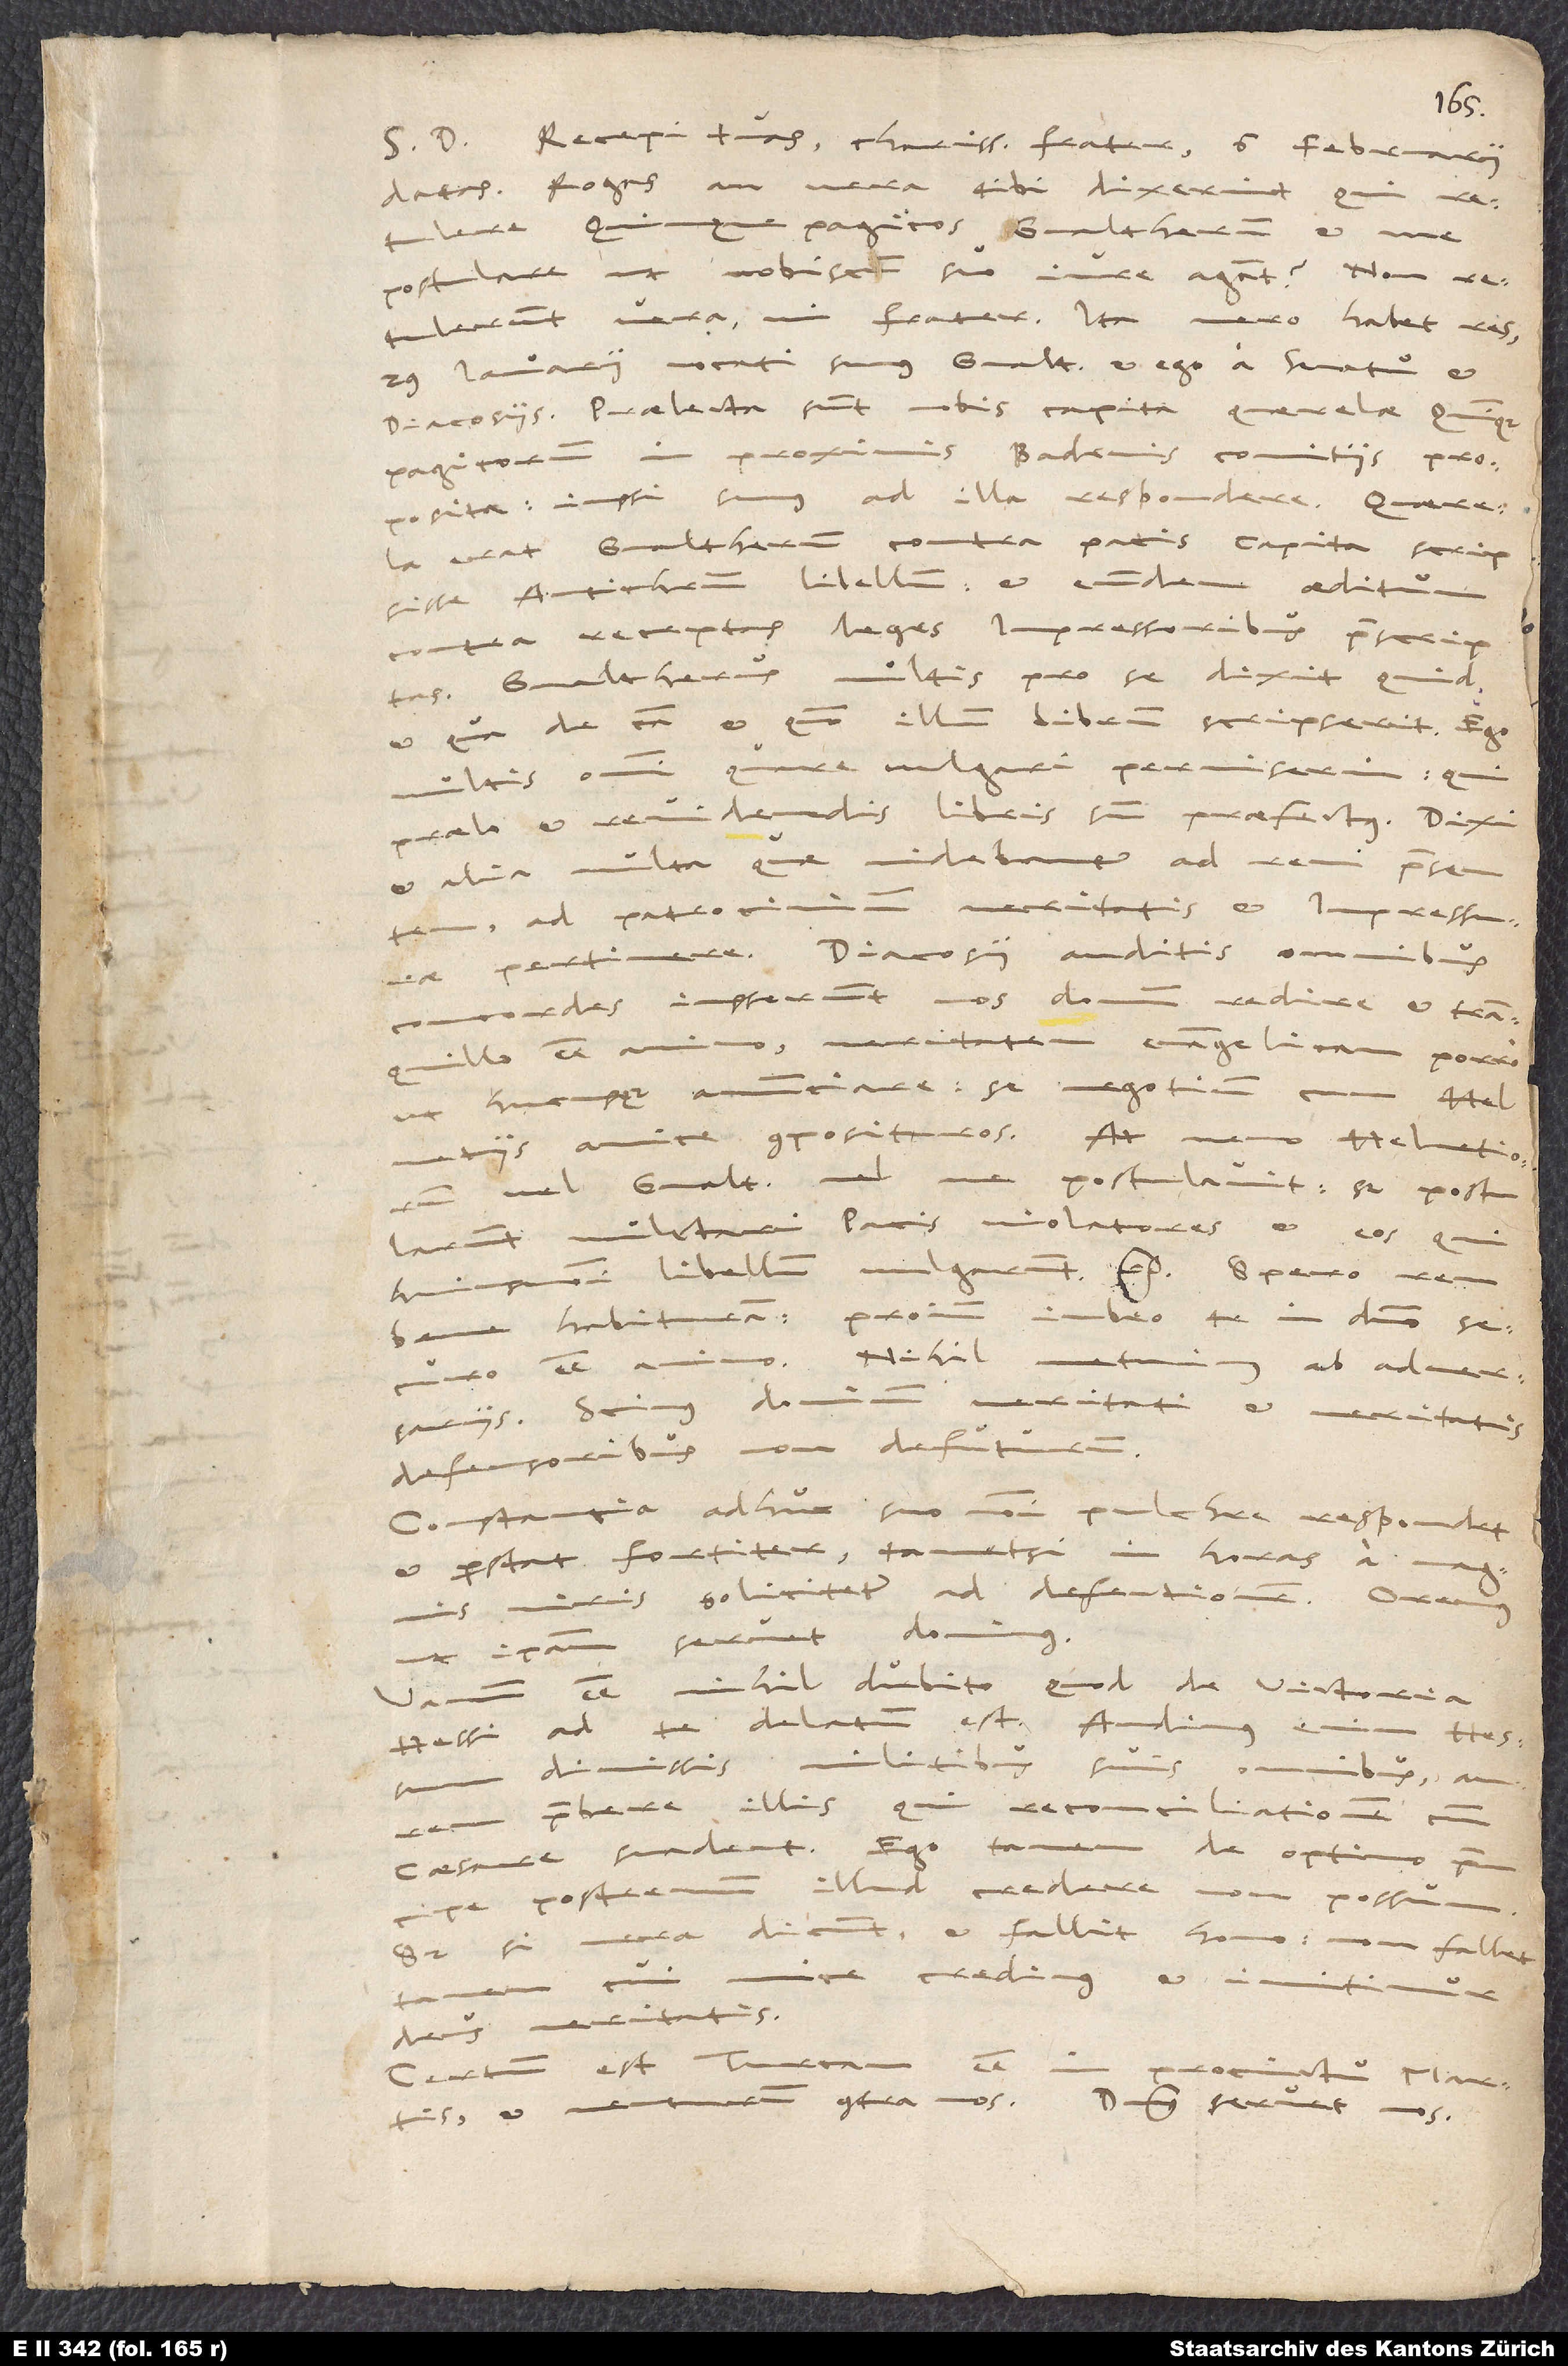
S. D. Recepi tuas, charissime frater, 6. februarii
datas. Rogas, an vera tibi dixerint, qui
retulere Quinquepagicos Gvaltherum et me
postulare, ut nobiscum suo iure agant. Non
retulerunt vera, mi frater. Ita vero habet res:
29. ianuarii vocati sumus, Gvaltherus et ego, a senatu et
diacosiis. Praelecta sunt nobis capita querelae
in proximis Badenis comitiis proposita.
Iussi sumus ad illa respondere. Querela
erat Gvaltherum contra pacis capita scripsisse
Antichristum libellum, et eundem aeditum
contra receptas leges impressoribus praescriptas.
Gvaltherus multis pro se dixit, quid
et qua de causa et quomodo illum librum scripserit. Ego
multis ostendi, quare vulgari permiserim, qui
praelo et revidendis libris sum praefectus. Dixi
et alia multa, quae videbantur ad rem praesentem,
ad patrocinium veritatis et impressurae
pertinere. Diacosii auditis omnibus
concordes iusserunt nos domum redire et tranquillo
veritatem evangelicam porro
ut hucusque anunciare; se negotium cum
Helvetiis amice composituros. At nemo Helvetiorum
vel Gvaltherum vel me postulavit, sed postularunt
mulctari pacis violatores et eos, qui
huiusmodi libellum vulgarunt, etc. Spero rem
bene habituram. Proinde iubeo te in domino
Scimus dominum veritati et veritatis
defensoribus non defuturum.
Constantia adhuc suo nomini pulchre respondet
et perstat fortiter, tametsi in horas a magnis
viris solicitetur ad defectionem. Oremus,
ut ipsam servet dominus.
esse nihil dubito, quod de victoria
Hessi ad te delatum est. Audimus
dimissis militibus suis omnibus aurem
praebere illis, qui reconciliationem cum
caesare suadent. Ego tamen de optimo
principe postremum illud credere non possum.
Sed, si vera dicunt et fallit homo, non fallet
unice credimus et innitimur,
deus veritatis!
Certum est Turcam esse
procinctu Martis
venturum contra nos. Dominus servet nos.